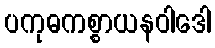
ပကုဓကစ္စာယနဝါဒေါ